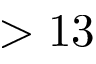
> 1 3